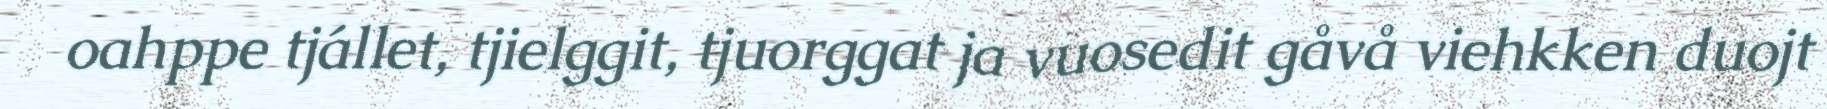
oahppe tjállet, tjielggit, tjuorggat ja vuosedit gåvå viehkken duojt